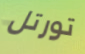
تورتل